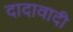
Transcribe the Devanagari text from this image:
दादावादी